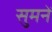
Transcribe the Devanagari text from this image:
सुमनें